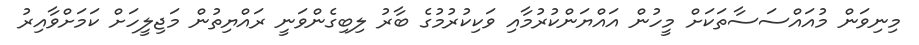
މިނިވަން މުއައްސަސާތަކަށް މީހުން އައްޔަންކުރުމާއި ވަކިކުރުމުގެ ބާރު ލިބިގެންވަނީ ރައްޔިތުން މަޖިލީހަށް ކަމަށްވާއިރު